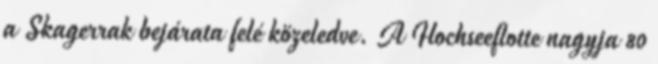
a Skagerrak bejárata felé közeledve. A Hochseeflotte nagyja 80